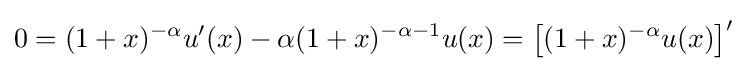
0=(1+x)^{-\alpha }u'(x)-\alpha (1+x)^{-\alpha -1}u(x)={\big [}(1+x)^{-\alpha }u(x){\big ]}'